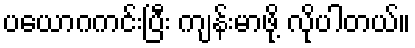
ပယောဂကင်းပြီး ကျန်းမာဖို့ လိုပါတယ်။